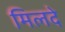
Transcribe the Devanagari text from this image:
मिलदे